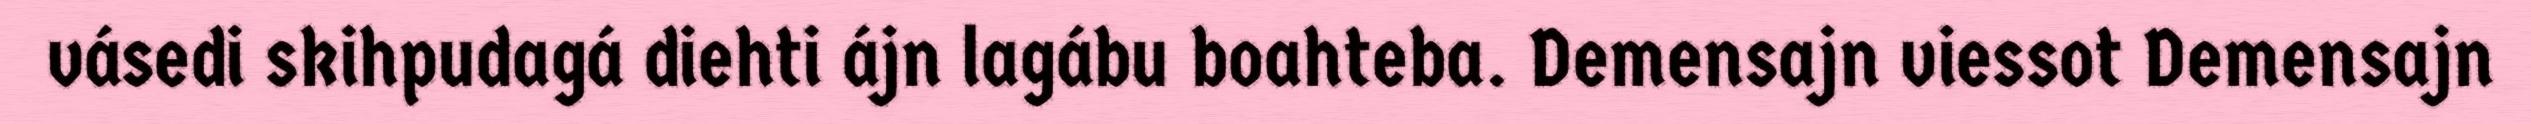
vásedi skihpudagá diehti ájn lagábu boahteba. Demensajn viessot Demensajn